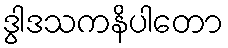
ဒွါဒသကနိပါတော